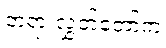
တရားလွှတ်တော်က